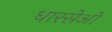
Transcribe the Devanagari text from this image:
धारसेओ